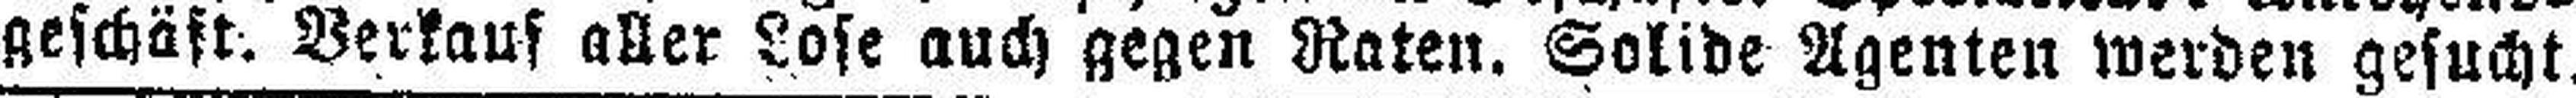
geschäft. Verkauf aller Lose auch gegen Raten. Solide Agenten werden gesucht.